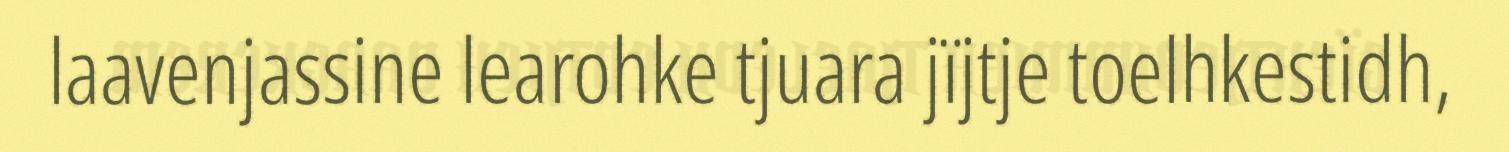
laavenjassine learohke tjuara jïjtje toelhkestidh,